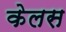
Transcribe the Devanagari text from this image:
केलस